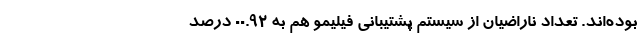
بود‌ه‌‌اند. تعداد ناراضیان از سیستم پشتیبانی فیلیمو هم به ۰۰.۹۲ درصد